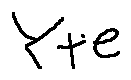
Y + e